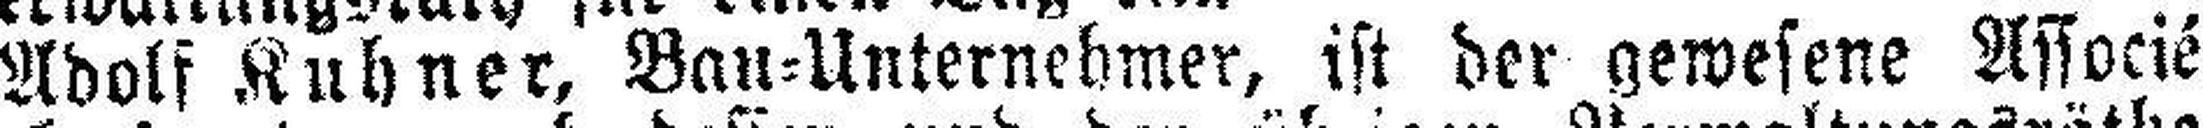
Adolf Kuhner, Bau=Unternehmer, ist der gewesene Associé